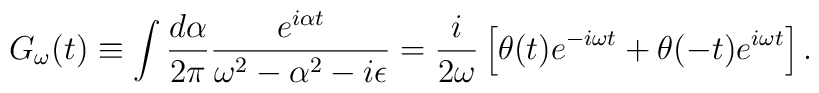
G_\omega (t) \equiv \int \frac{d \alpha}{2 \pi}  \frac{e^{i \alpha t}}  {\omega^2 - \alpha^2 - i \epsilon}  = \frac{i}{2 \omega} \left[ \theta(t)  e^{- i \omega t}                            + \theta(-t) e^{i \omega t}   \right].